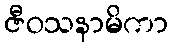
ဇီဝသနာမိကာ